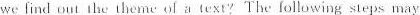
we find out the themeolatext? The following steps may